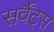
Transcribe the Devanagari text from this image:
सर्वैंट्स